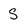
Character: S